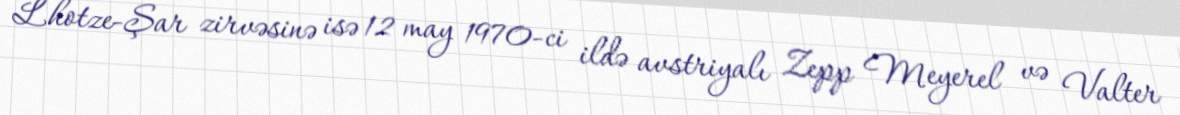
Lhotze-Şar zirvəsinə isə 12 may 1970-ci ildə avstriyalı Zepp Meyerel və Valter